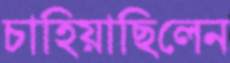
চাহিয়াছিলেন